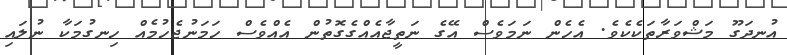
އުނދަގޫ މަޝްވަރާތަކެކެވެ. އެހެން ނަމަވެސް އޭގެ ނަތީޖާއެއްގެގޮތުން އެއްވެސް ހަމަނުޖެހުމެއް ހިނގުމަކާ ނުލައި